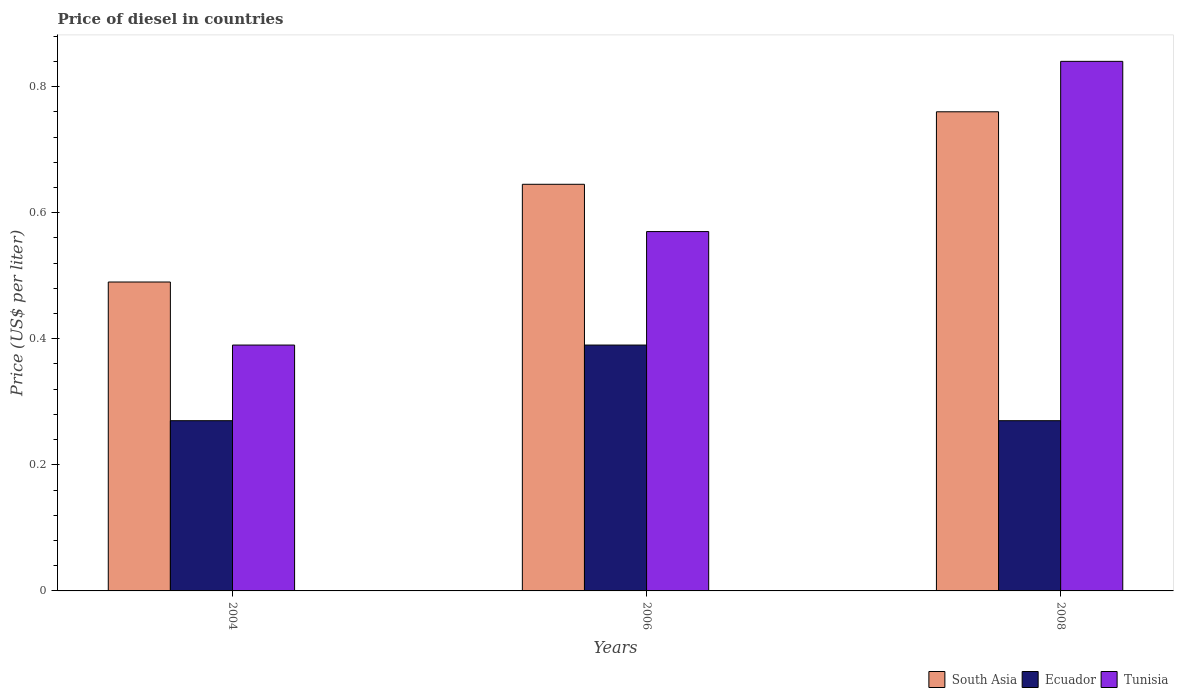
| Years | South Asia | Ecuador | Tunisia |
 | --- | --- | --- | --- |
 | 2004 | 0.49 | 0.27 | 0.39 |
 | 2006 | 0.645 | 0.39 | 0.57 |
 | 2008 | 0.76 | 0.27 | 0.84 |